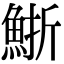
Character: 䱑